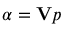
\alpha = \mathbf { V } p